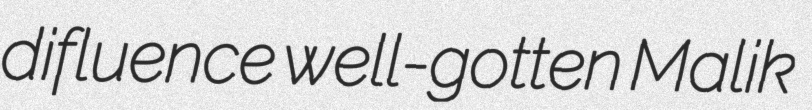
difluence well-gotten Malik